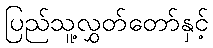
ပြည်သူ့လွှတ်တော်နှင့်